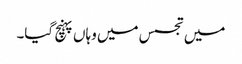
میں تجسس میں وہاں پہنچ گیا۔